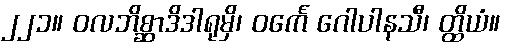
၂၂၁။ ဝလဘိစ္ဆာဒိဒါရုမှိ၊ ဝင်္ကေ ဂေါပါနသီ၊ တ္ထိယံ။